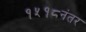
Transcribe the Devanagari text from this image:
१५१८नंतर